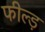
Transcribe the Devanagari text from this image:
फील्ड़